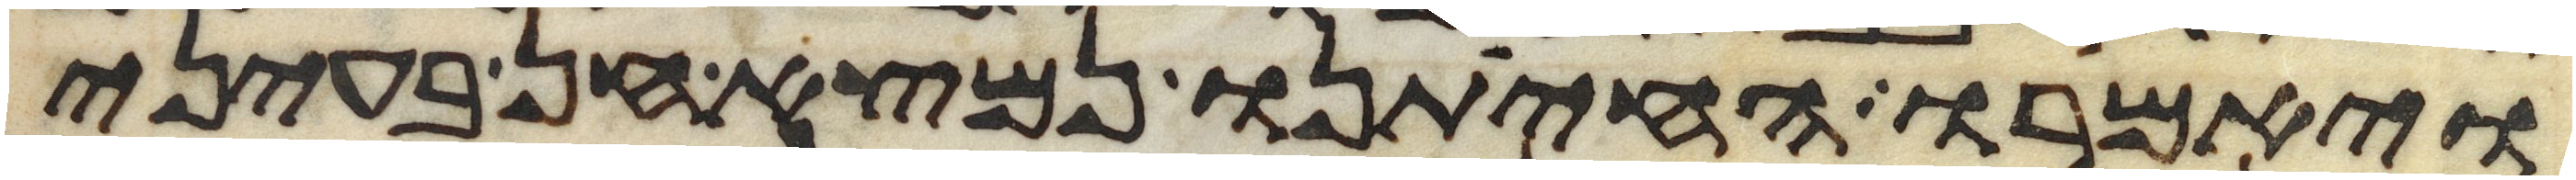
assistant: ויאמרו החיתנו נמצא חן בעיני